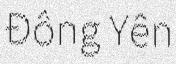
Đông Yên